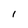
Character: 1